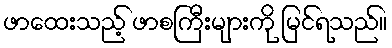
ဖာထေးသည့် ဖာစကြီးများကို မြင်ရသည်။